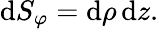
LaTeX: \mathrm{d}S_{\varphi}=\mathrm{d}\rho\, \mathrm{d}z.